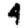
Digit: 4